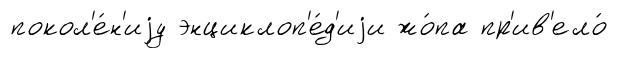
покол'е́н'иjу энциклоп'е́д'иjи жо́па пр'ив'ело́